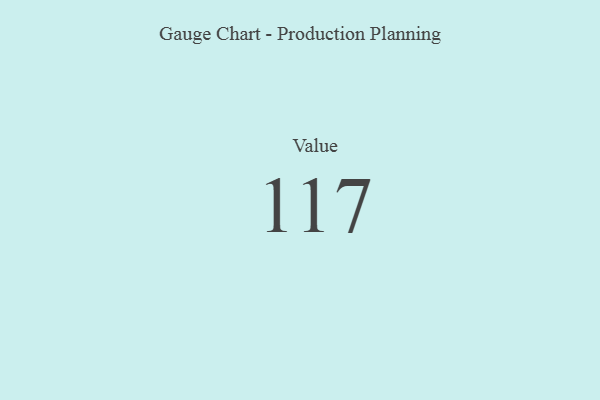
{"axis": {"x": "Metric", "y": "Value"}, "legend": [""], "data": [{"x": "Value", "y": 117, "type": ""}]}